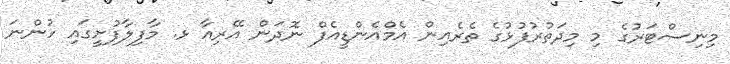
މިނިސްޓަރުގެ މި މިދަތުރުފުޅުގެ ތެރެއިން އެމްއެންޑީއެފް ނޮދަން އޭރިއާ ޅ. މާފިލާފުށީގައި ހުންނަ